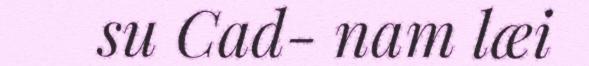
su Cad- nam læi